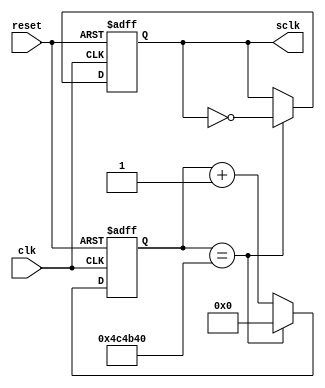
module clock_divide(
  input clk,
  input reset,
  output reg sclk
);

  reg [31:0] count = 0;
  
  always @(posedge clk or negedge reset) begin
    if (reset == 1'b0) begin
      count <= 32'd0;
      sclk <= 1'b0;
    end else begin
      if (count == 32'd5000000) begin
        count <= 32'd0;
        sclk <= ~sclk;
      end else begin
        count <= count + 1;
      end
    end
  end
  
  always @(posedge clk) begin
    $display("count = %d, sclk = %b", count, sclk);
  end
  
endmodule

module tb_clock_divide;
  reg clk;
  reg reset;
  wire sclk;
  
  clock_divide dut(.clk(clk), .reset(reset), .sclk(sclk));
  
  initial begin
    clk = 0;
    reset = 1;
    
    #10 reset = 0;
    
    #100 $finish;
  end
  
  always #5 clk = ~clk;
endmodule